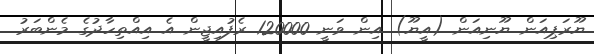
ޔޫރަޕިއަން ޔޫނިއަން (އީޔޫ) އިން ވަނީ 120000 ރެފުއިޖީން އެ އިއްތިހާދުގެ މެންބަރު